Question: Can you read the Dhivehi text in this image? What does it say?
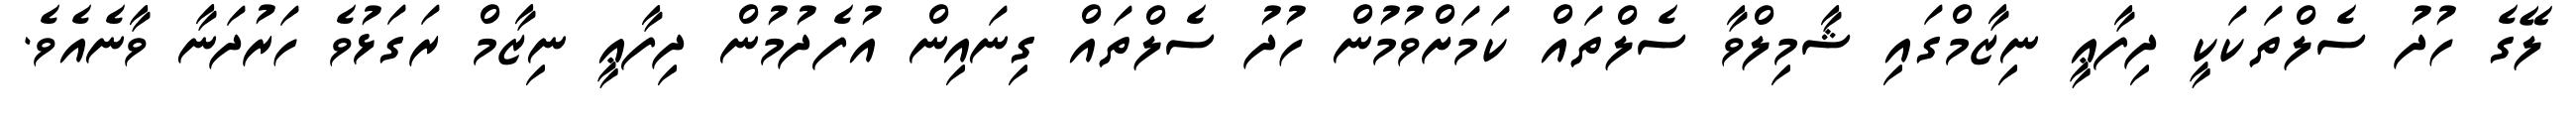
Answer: ލޭގެ ހުދު ސެލްތަކަކީ ދިފާޢީ ނިޒާމްގައި ޝާމިލްވާ ސެލްތައް ކަމަށްވުމުން ހުދު ސެލްތައް ގިނައިން އުފެދުމުން ދިފާޢީ ނިޒާމް ރަގަޅުވެ ހަރުދަނާ ވާނެއެވެ.